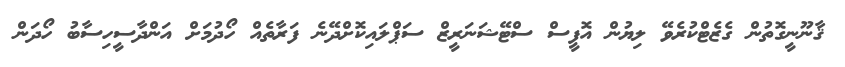
ޤާނޫނީގޮތުން ގެޒެޓްކުރެވޭ ލިޔުން އޮފީސް ސްޓޭޝަނަރީޒް ސަޕްލައިކޮށްދޭނެ ފަރާތެއް ހޯދުމަށް އަންދާސީހިސާބު ހޯދަން